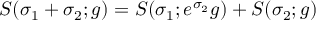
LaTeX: S ( \sigma _ { 1 } + \sigma _ { 2 } ; g ) = S ( \sigma _ { 1 } ; e ^ { \sigma _ { 2 } } g ) + S ( \sigma _ { 2 } ; g )